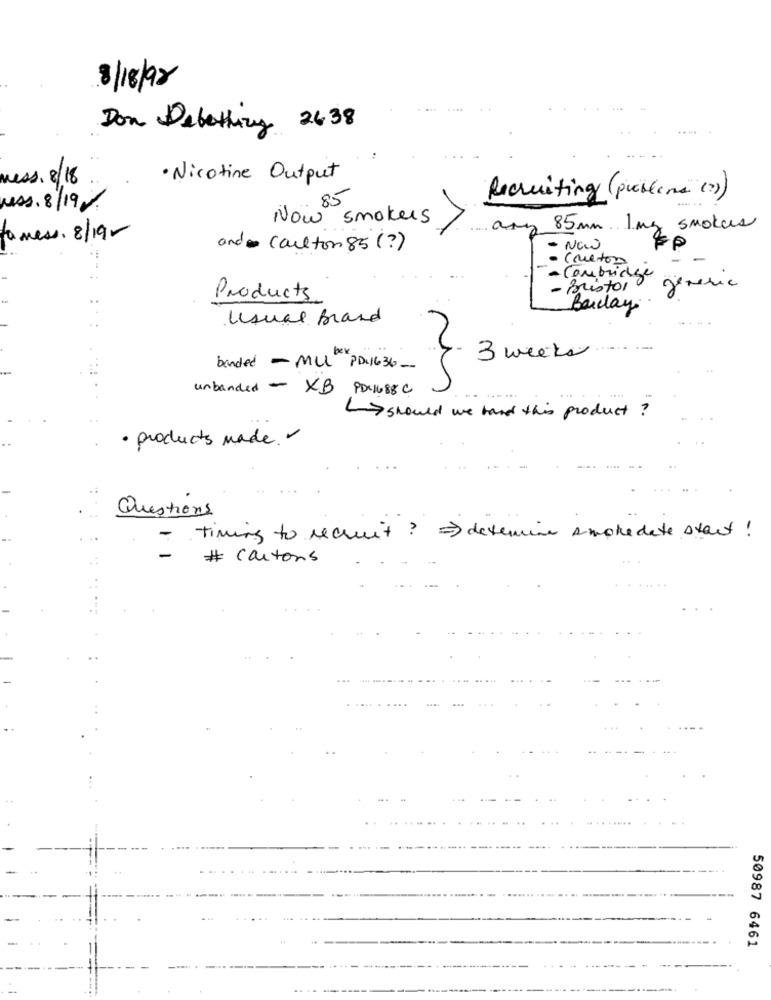
8/18/98
Don Debetting 2638
mess. 8/18
· Nicotine Output
Recruiting (problema (?)
Mess 8/19%
w smokers
any 85mm. Img smokes
to mess. 8/19-
and carlton 85 ( ?)
Now
- Bristol
Cambridge generic
Products.
Barclay
Usual brand
3 weeks
banded - ML PD.1636 -
unbanded - XB PD. 1688C
> should we hand this product ?
· products made
Questions
Timing to recruit ? = > determine smokedate start !
# cartons
50987 6461